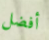
أفضل